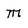
Character: m